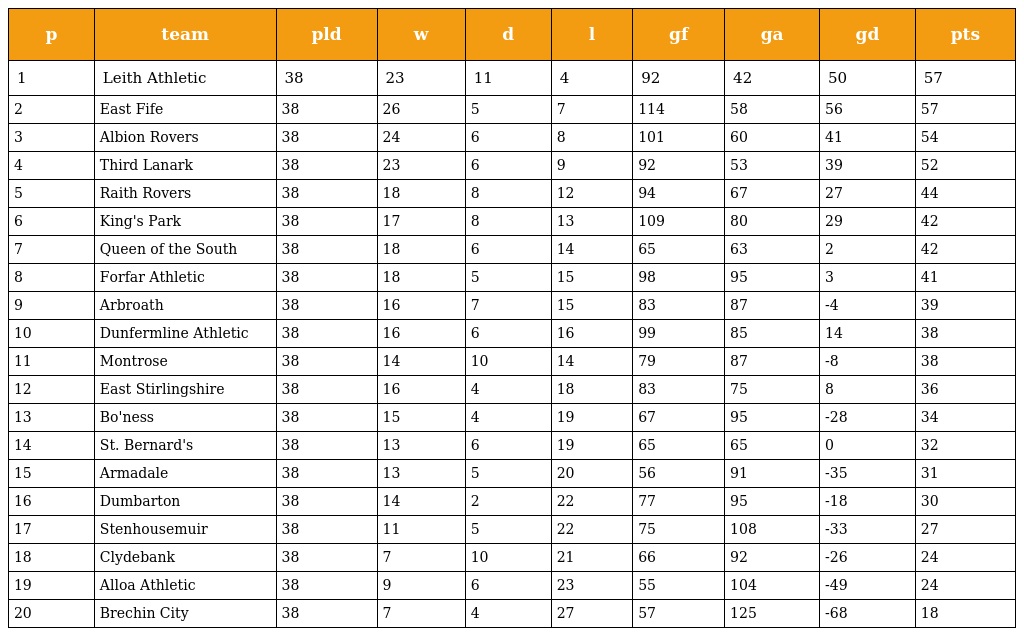
| p | team | pld | w | d | l | gf | ga | gd | pts |
 | --- | --- | --- | --- | --- | --- | --- | --- | --- | --- |
 | 1 | Leith Athletic | 38 | 23 | 11 | 4 | 92 | 42 | 50 | 57 |
 | 2 | East Fife | 38 | 26 | 5 | 7 | 114 | 58 | 56 | 57 |
 | 3 | Albion Rovers | 38 | 24 | 6 | 8 | 101 | 60 | 41 | 54 |
 | 4 | Third Lanark | 38 | 23 | 6 | 9 | 92 | 53 | 39 | 52 |
 | 5 | Raith Rovers | 38 | 18 | 8 | 12 | 94 | 67 | 27 | 44 |
 | 6 | King's Park | 38 | 17 | 8 | 13 | 109 | 80 | 29 | 42 |
 | 7 | Queen of the South | 38 | 18 | 6 | 14 | 65 | 63 | 2 | 42 |
 | 8 | Forfar Athletic | 38 | 18 | 5 | 15 | 98 | 95 | 3 | 41 |
 | 9 | Arbroath | 38 | 16 | 7 | 15 | 83 | 87 | -4 | 39 |
 | 10 | Dunfermline Athletic | 38 | 16 | 6 | 16 | 99 | 85 | 14 | 38 |
 | 11 | Montrose | 38 | 14 | 10 | 14 | 79 | 87 | -8 | 38 |
 | 12 | East Stirlingshire | 38 | 16 | 4 | 18 | 83 | 75 | 8 | 36 |
 | 13 | Bo'ness | 38 | 15 | 4 | 19 | 67 | 95 | -28 | 34 |
 | 14 | St. Bernard's | 38 | 13 | 6 | 19 | 65 | 65 | 0 | 32 |
 | 15 | Armadale | 38 | 13 | 5 | 20 | 56 | 91 | -35 | 31 |
 | 16 | Dumbarton | 38 | 14 | 2 | 22 | 77 | 95 | -18 | 30 |
 | 17 | Stenhousemuir | 38 | 11 | 5 | 22 | 75 | 108 | -33 | 27 |
 | 18 | Clydebank | 38 | 7 | 10 | 21 | 66 | 92 | -26 | 24 |
 | 19 | Alloa Athletic | 38 | 9 | 6 | 23 | 55 | 104 | -49 | 24 |
 | 20 | Brechin City | 38 | 7 | 4 | 27 | 57 | 125 | -68 | 18 |